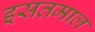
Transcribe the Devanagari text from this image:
इसतमाल